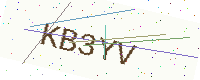
Text: KB3YV